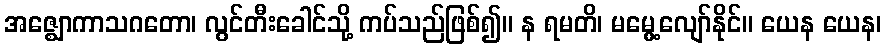
အဇ္ဈောကာသဂတော၊ လွင်တီးခေါင်သို့ ကပ်သည်ဖြစ်၍။ န ရမတိ၊ မမွေ့လျော်နိုင်။ ယေန ယေန၊